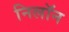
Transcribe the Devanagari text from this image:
निलॉन